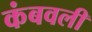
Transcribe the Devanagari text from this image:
कंबवली